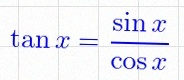
\tan x=\frac{\sin x}{\cos x}